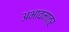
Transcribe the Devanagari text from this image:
अभावमात्र